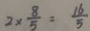
2 \times \frac { 8 } { 5 } = \frac { 1 6 } { 5 }